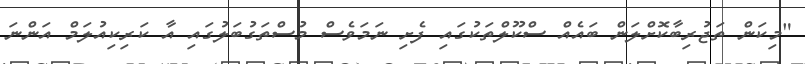
"މިކަން ތަޖުރިބާކޮށްލަން ބައެއް ސްކޫލްތަކުގައި ފެށި ނަމަވެސް މުސްތަގުބަލުގައި އާ ކަރިކިއުލަމް އަންނަ